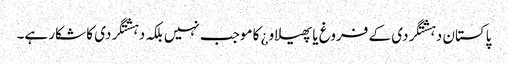
پاکستان دہشتگردی کے فروغ یا پھیلاو¿ کا موجب نہیں بلکہ دہشتگردی کا شکار ہے۔